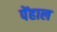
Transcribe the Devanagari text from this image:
पेंहाल